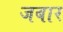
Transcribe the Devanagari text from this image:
जबार